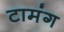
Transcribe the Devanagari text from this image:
टामंग